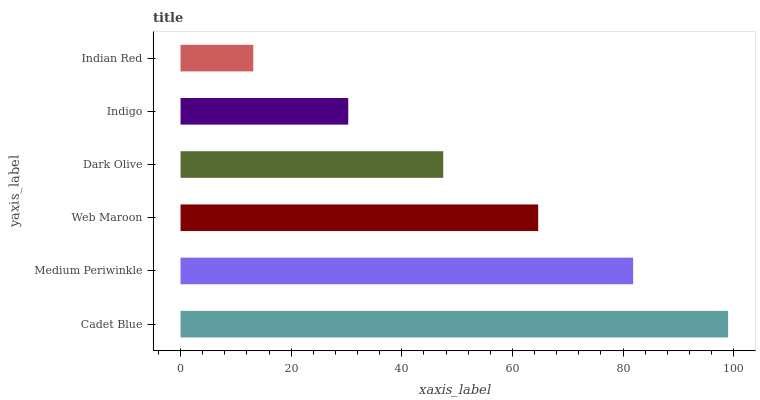
| yaxis_label | bars |
 | --- | --- |
 | Cadet Blue | 99 |
 | Medium Periwinkle | 81.8 |
 | Web Maroon | 64.7 |
 | Dark Olive | 47.5 |
 | Indigo | 30.3 |
 | Indian Red | 13.2 |